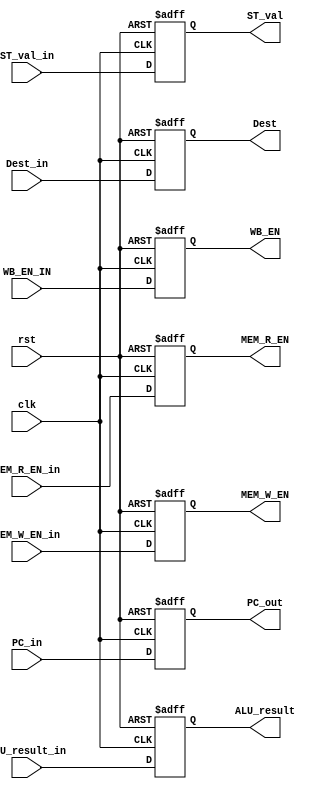
module EXE_Stage_registers
  (
    input clk,
    input rst,

		input [31:0] PC_in,
		input [31:0] ALU_result_in,
		input [31:0] ST_val_in,
		input [4:0] Dest_in,

		input MEM_R_EN_in,
		input MEM_W_EN_in,
    input WB_EN_IN,

		output reg [31:0] PC_out,
		output reg [31:0] ALU_result,
		output reg [31:0] ST_val,
		output reg [4:0] Dest,

		output reg MEM_R_EN,
		output reg MEM_W_EN,
		output reg WB_EN
  );

  always @ (posedge clk or posedge rst ) begin
    if(rst) begin
      {PC_out,ALU_result,ST_val,Dest,MEM_R_EN,MEM_W_EN,WB_EN} <= 0;
    end else begin
      PC_out <= PC_in;
      ALU_result <= ALU_result_in;
      ST_val <= ST_val_in;
      Dest <= Dest_in;
      MEM_R_EN <= MEM_R_EN_in;
      MEM_W_EN <= MEM_W_EN_in;
      WB_EN <= WB_EN_IN;
    end
  end

endmodule